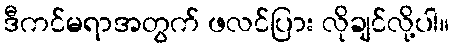
ဒီကင်မရာအတွက် ဖလင်ပြား လိုချင်လို့ပါ။